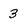
Character: 3